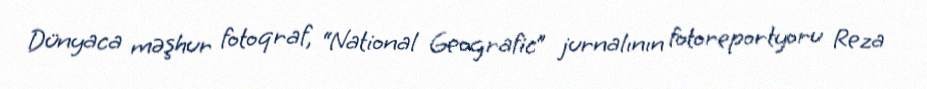
Dünyaca məşhur fotoqraf, “National Geografic” jurnalının fotoreportyoru Reza